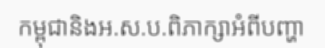
កម្ពុជានិងអ.ស.ប.ពិភាក្សាអំពីបញ្ហា